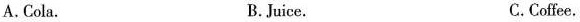
A.Cola. B.Juice. C.Coffce.